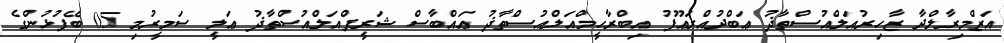
އަޒްމިރާލްދާ ޒާހިރުއަލްއުސްތާޛު ޢަބްދުއްރަޢޫފު އިބްރާހީމްއަލްއުސްތާޛު ޢައްބާސް ޝަރީފްއަލްއުސްތާޛު ޢަލީ ސަމީރުމި 05 ބޭފުޅުންގެ